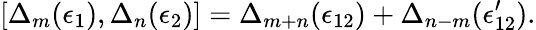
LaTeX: [\Delta_{m}(\epsilon_{1}),\Delta_{n}(\epsilon_{2})]=\Delta_{m+n}(\epsilon_{12})+\Delta_{n-m}(\epsilon_{12}^{\prime}).